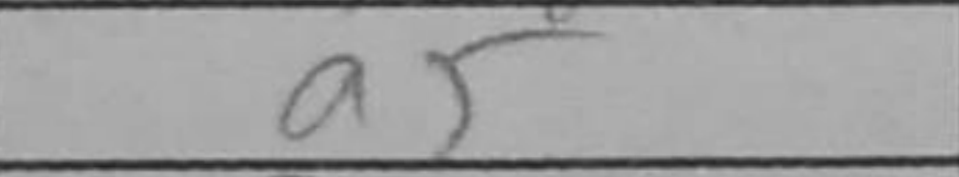
Transcription: a5